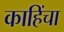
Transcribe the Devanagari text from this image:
काहिंचा